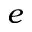
e